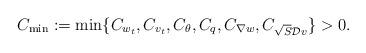
LaTeX: \begin{align*}C_{\min} := \min\{C_{w_{t}}, C_{v_{t}}, C_{\theta}, C_{q}, C_{\nabla w}, C_{\sqrt{S} \mathcal{D} v}\} > 0. \end{align*}